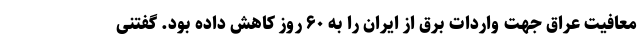
معافیت عراق جهت واردات برق از ایران را به ۶۰ روز کاهش داده بود. گفتنی